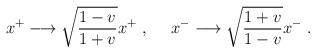
LaTeX: \begin{align*}x^+\longrightarrow \sqrt{{1-v\over 1+v}}x^+\ ,\ \ \ \ x^-\longrightarrow \sqrt{{1+v\over 1-v}}x^-\ .\end{align*}